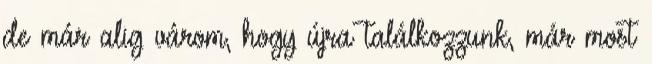
de már alig várom, hogy újra találkozzunk, már most